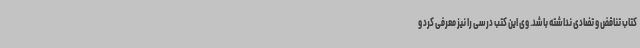
کتاب تناقض و تضادی نداشته باشد. وی این کتب درسی را نیز معرفی کرد و